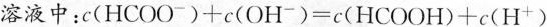
溶液中：$$c(HCOO^{-})+c(OH^{-})=c(HCOOH)+c(H^{+})$$